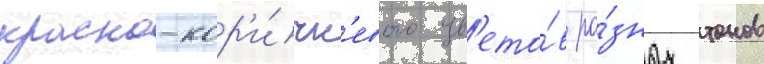
красно-кор'и́чн'евого цв'ето́в ра́зных тонов